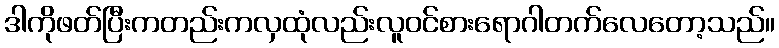
ဒါကိုဖတ်ပြီးကတည်းကလှထုံလည်းလူဝင်စားရောဂါတက်လေတော့သည်။